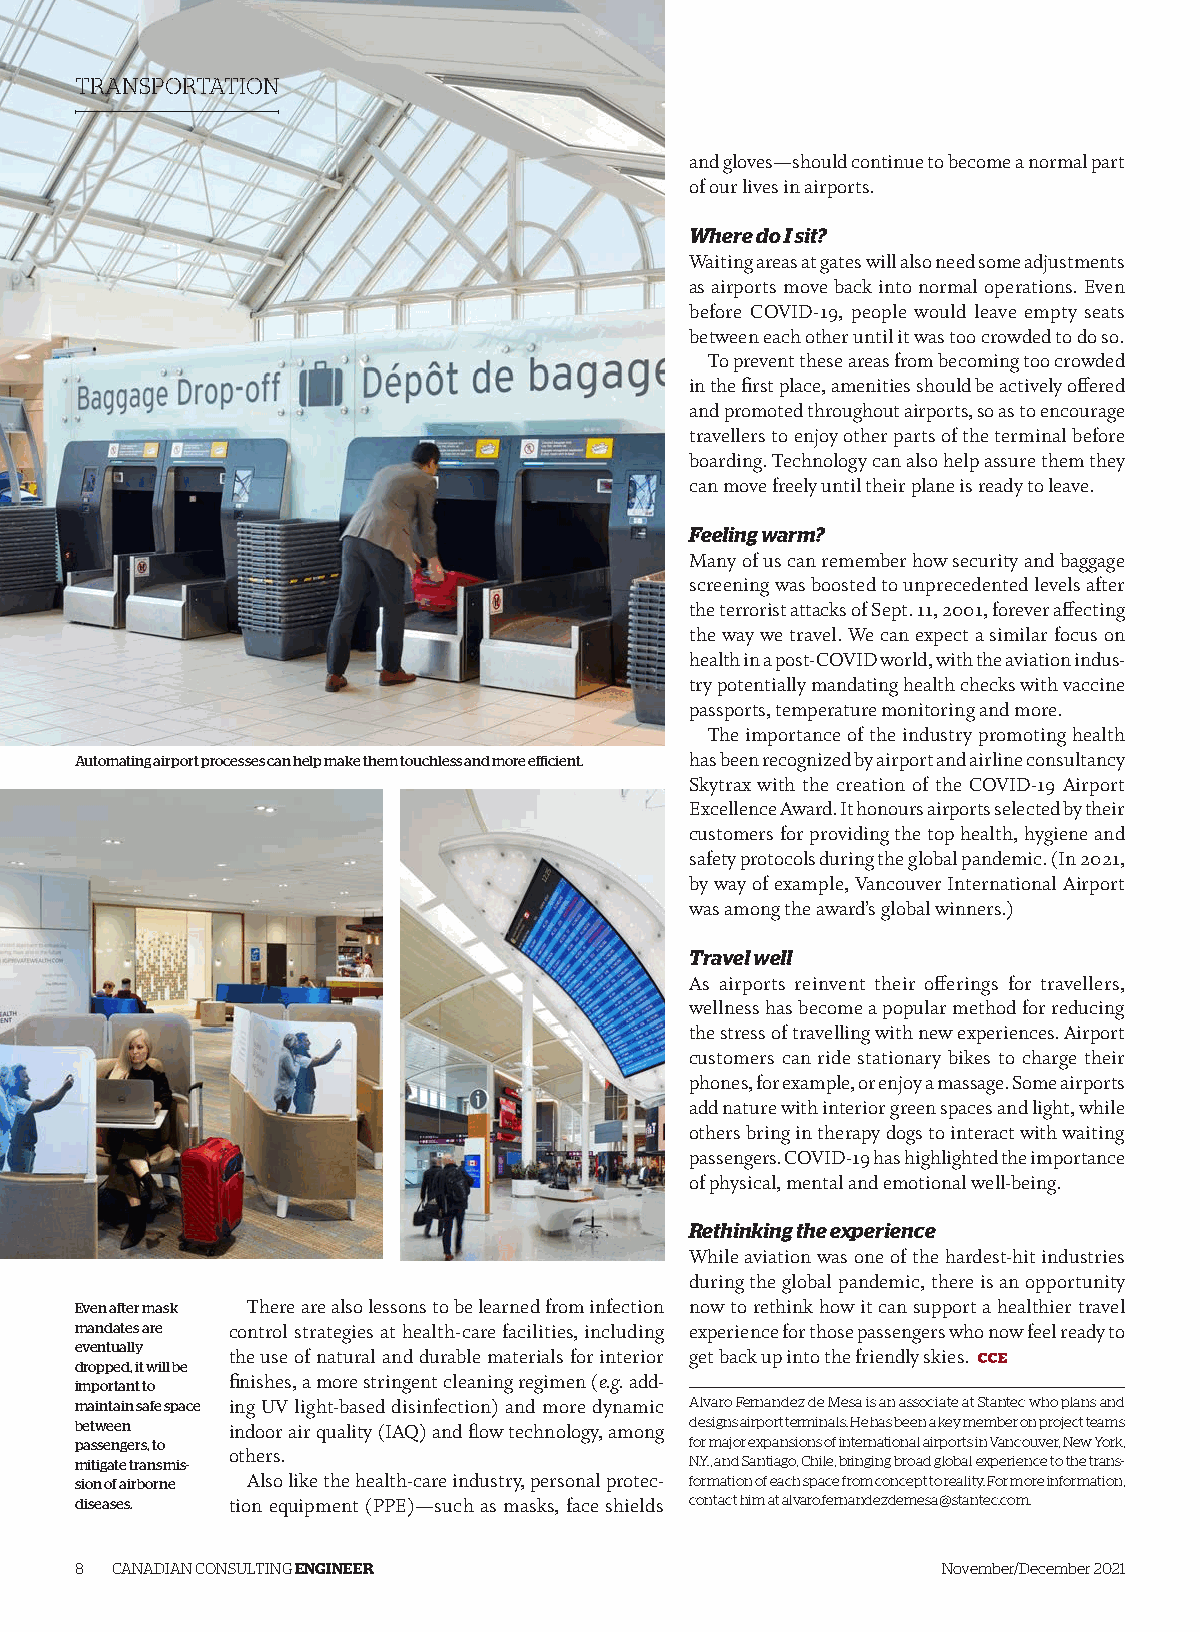
TRANSPORTATION
 and gloves—should continue to become a normal part
 of our lives in airports.
 Where do I sit?
 Waiting areas at gates will also need some adjustments
 as airports move back into normal operations. Even
 before COVID-19, people would leave empty seats
 between each other until it was too crowded to do so.
 To prevent these areas from becoming too crowded
 in the first place, amenities should be actively offered
 and promoted throughout airports, so as to encourage
 travellers to enjoy other parts of the terminal before
 boarding. Technology can also help assure them they
 can move freely until their plane is ready to leave.
 Feeling warm?
 Many of us can remember how security and baggage
 screening was boosted to unprecedented levels after
 the terrorist attacks of Sept. 11, 2001, forever affecting
 the way we travel. We can expect a similar focus on
 health in a post-COVID world, with the aviation indus-
 try potentially mandating health checks with vaccine
 passports, temperature monitoring and more.
 The importance of the industry promoting health
 Automating airport processes can help make them touchless and more efficient. has been recognized by airport and airline consultancy
 Skytrax with the creation of the COVID-19 Airport
 Excellence Award. It honours airports selected by their
 customers for providing the top health, hygiene and
 safety protocols during the global pandemic. (In 2021,
 by way of example, Vancouver International Airport
 was among the award’s global winners.)
 Travel well
 As airports reinvent their offerings for travellers,
 wellness has become a popular method for reducing
 the stress of travelling with new experiences. Airport
 customers can ride stationary bikes to charge their
 phones, for example, or enjoy a massage. Some airports
 add nature with interior green spaces and light, while
 others bring in therapy dogs to interact with waiting
 passengers. COVID-19 has highlighted the importance
 of physical, mental and emotional well-being.
 Rethinking the experience
 While aviation was one of the hardest-hit industries
 during the global pandemic, there is an opportunity
 Even after mask There are also lessons to be learned from infection now to rethink how it can support a healthier travel
 mandates are control strategies at health-care facilities, including experience for those passengers who now feel ready to
 eventually
 the use of natural and durable materials for interior get back up into the friendly skies.
 dropped, it will be
 finishes, a more stringent cleaning regimen (e.g. add-
 important to
 maintain safe space ing UV light-based disinfection) and more dynamic Alvaro Fernandez de Mesa is an associate at Stantec who plans and
 between   indoor air quality (IAQ) and flow technology, among designs airport terminals. He has been a key member on project teams
 passengers, to                           for major expansions of international airports in Vancouver, New York,
 others.
 mitigate transmis-                       N.Y., and Santiago, Chile, bringing broad global experience to the trans-
 sion of airborne Also like the health-care industry, personal protec- formation of each space from concept to reality. For more information,
 diseases. tion equipment (PPE)—such as masks, face shields contact him at alvaro.fernandezdemesa@stantec.com.
 8 CANADIAN CONSULTING ENGINEER                           November/December 2021